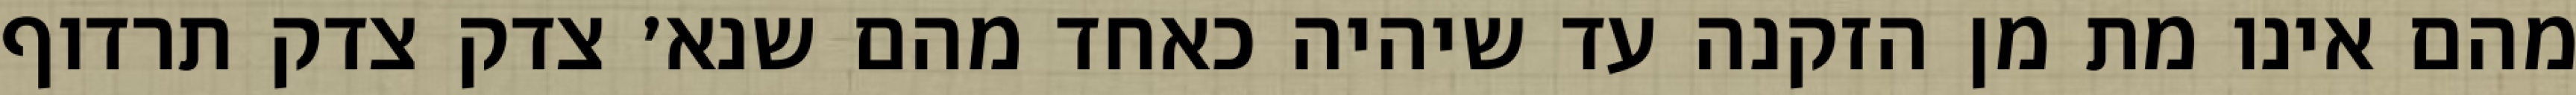
מהם אינו מת מן הזקנה עד שיהיה כאחד מהם שנא׳ צדק צדק תרדוף